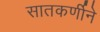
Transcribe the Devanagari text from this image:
सातकर्णीने